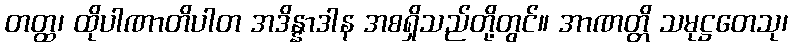
တတ္ထ၊ ထိုပါဏာတိပါတ အဒိန္နာဒါန အစရှိသည်တို့တွင်။ အာဏတ္တိ သမုဋ္ဌတေသု၊